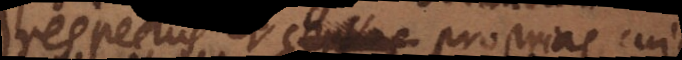
respectus et certas proprias cui